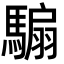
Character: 騸